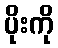
ပိုးကို